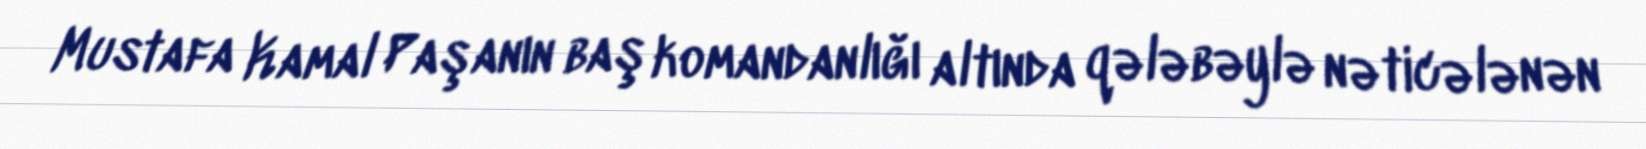
Mustafa Kamal Paşanın baş komandanlığı altında qələbəylə nəticələnən